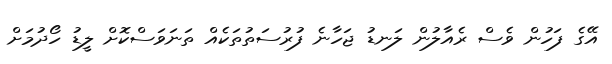
އޭގެ ފަހުން ވެސް ރެއާލުން ލަނޑު ޖަހާނެ ފުރުސަތުތަކެއް ތަނަވަސްކޮށް ލީޑު ހޯދުމަށް